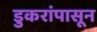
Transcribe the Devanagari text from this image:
डुकरांपासून